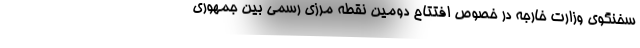
سخنگوی وزارت خارجه در خصوص افتتاح دومین نقطه مرزی رسمی بین جمهوری